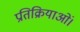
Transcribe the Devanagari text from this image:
प्रतिक्रियाओं।